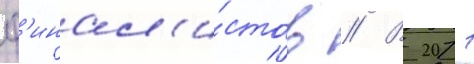
ф'инал'и́стов // В 2011